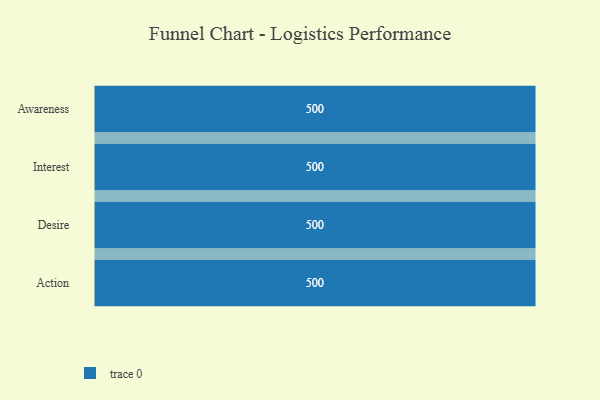
{"axis": {"x": "Stage", "y": "Value"}, "legend": [""], "data": [{"x": "Awareness", "y": 500, "type": ""}, {"x": "Interest", "y": 500, "type": ""}, {"x": "Desire", "y": 500, "type": ""}, {"x": "Action", "y": 500, "type": ""}]}